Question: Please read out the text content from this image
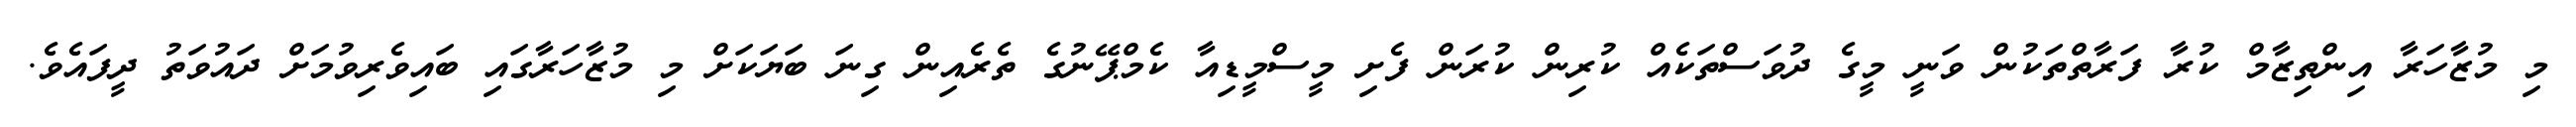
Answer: މި މުޒާހަރާ އިންތިޒާމް ކުރާ ފަރާތްތަކުން ވަނީ މީގެ ދުވަސްތަކެއް ކުރިން ކުރަން ފެށި މީސްމީޑިއާ ކެމްޕޭނުގެ ތެރެއިން ގިނަ ބަޔަކަށް މި މުޒާހަރާގައި ބައިވެރިވުމަށް ދައުވަތު ދީފައެވެ.